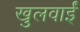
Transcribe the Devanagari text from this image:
खुलवाईं